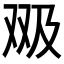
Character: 𱑶